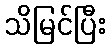
သိမြင်ပြီး